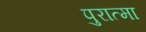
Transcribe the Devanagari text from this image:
पुरात्मा